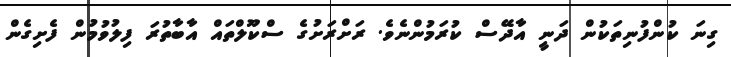
ގިނަ ކުންފުނިތަކުން ދަނީ އާދޭސް ކުރަމުންނެވެ. ރަށްރަށުގެ ސްކޫލްތައް އާބާތުރަ ފިލުވުމުން ފެށިގެން